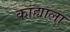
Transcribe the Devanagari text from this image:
काह्याला